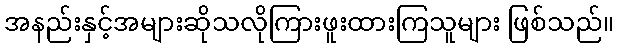
အနည်းနှင့်အများဆိုသလိုကြားဖူးထားကြသူများ ဖြစ်သည်။